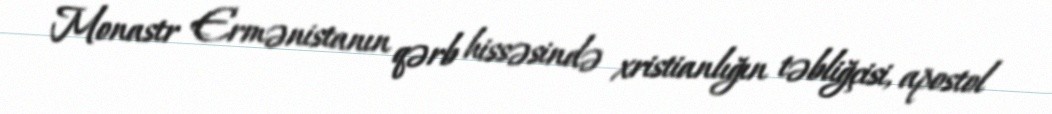
Monastr Ermənistanın qərb hissəsində xristianlığın təbliğçisi, apostol